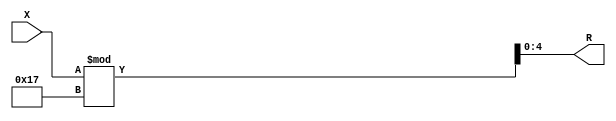
module div_64_23_stand( X, R);//, R);


input  [64:1] X;
//output [60:1] Q; 
output [5:1] R;

//assign Q = X / 23;

assign R = X % 23;


endmodule